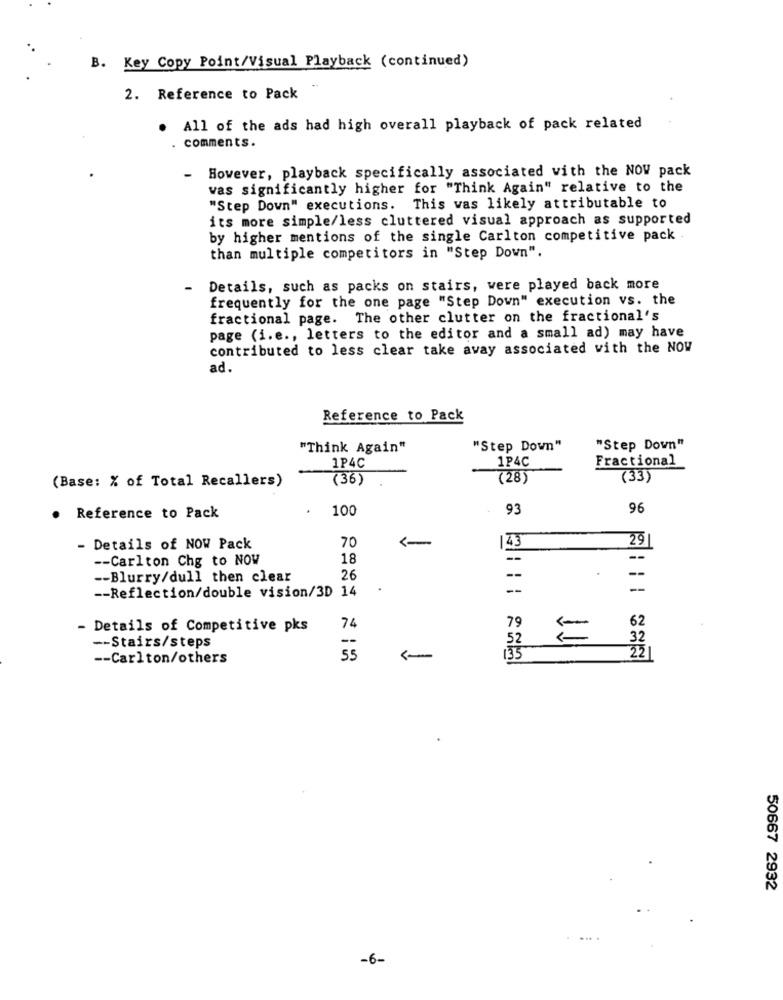
B. Key Copy Point/Visual Playback (continued)
2. Reference to Pack
All of the ads had high overall playback of pack related
comments.
However, playback specifically associated with the NOV pack
was significantly higher for "Think Again" relative to the
"Step Down" executions. This was likely attributable to
its more simple/less cluttered visual approach as supported
by higher mentions of the single Carlton competitive pack .
than multiple competitors in "Step Down".
Details, such as packs on stairs, were played back more
frequently for the one page "Step Down" execution vs. the
fractional page. The other clutter on the fractional's
page (i.e ., letters to the editor and a small ad) may have
contributed to less clear take away associated with the NOW
ad.
Reference to Pack
"Think Again"
"Step Down"
"Step Down"
1P4C
Fractional
1P4C
(Base: % of Total Recallers)
(36)
(28)
(33)
100
93
96
Reference to Pack
70
- Details of NOW Pack
143
291
-- Carlton Chg to NOW
18
--
--
-- Blurry/dull then clear
26
--
--
--
-
-- Reflection/double vision/3D 14
62
- Details of Competitive pks
74
79
--
52
=
32
-- Stairs/steps
-- Carlton/others
55
135
50667 2932
-6-